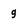
Character: 9